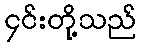
၄င်းတို့သည်